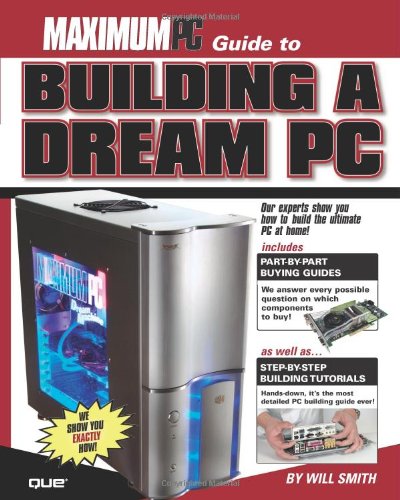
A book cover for Maximum PC Guide to Building a Dream PC; Maximum PC; Computers & Technology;